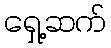
ရှေ့ဆက်